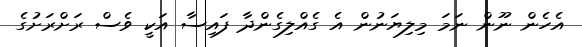
އެހެން ނޫން ނަމަ މިލިޔަނުން އެ ގެއްލިގެންދާ ފައިސާ އަކީ ވެސް ރަށްރަށުގެ